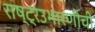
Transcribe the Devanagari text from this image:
राष्ट्रउभारणीची